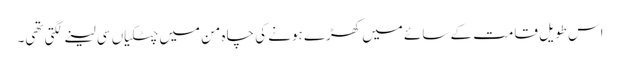
اس طویل قامت کے سائے میں کھڑے ہونے کی چاہ من میں چٹکیاں سی لینے لگتی تھی۔